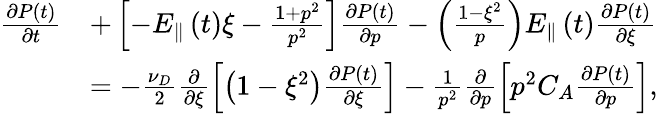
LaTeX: \begin{array}{rl}{\frac{\partial P\left(t\right)}{\partial t}}&{+\left[-E_{\Vert}\left(t\right)\xi-\frac{1+p^{2}}{p^{2}}\right]\frac{\partial P\left(t\right)}{\partial p}-\left(\frac{1-\xi^{2}}{p}\right)E_{\Vert}\left(t\right)\frac{\partial P\left(t\right)}{\partial\xi}}\\ &{=-\frac{\nu_{D}}{2}\frac{\partial}{\partial\xi}\left[\left(1-\xi^{2}\right)\frac{\partial P\left(t\right)}{\partial\xi}\right]-\frac{1}{p^{2}}\frac{\partial}{\partial p}\left[p^{2}C_{A}\frac{\partial P\left(t\right)}{\partial p}\right],}\end{array}